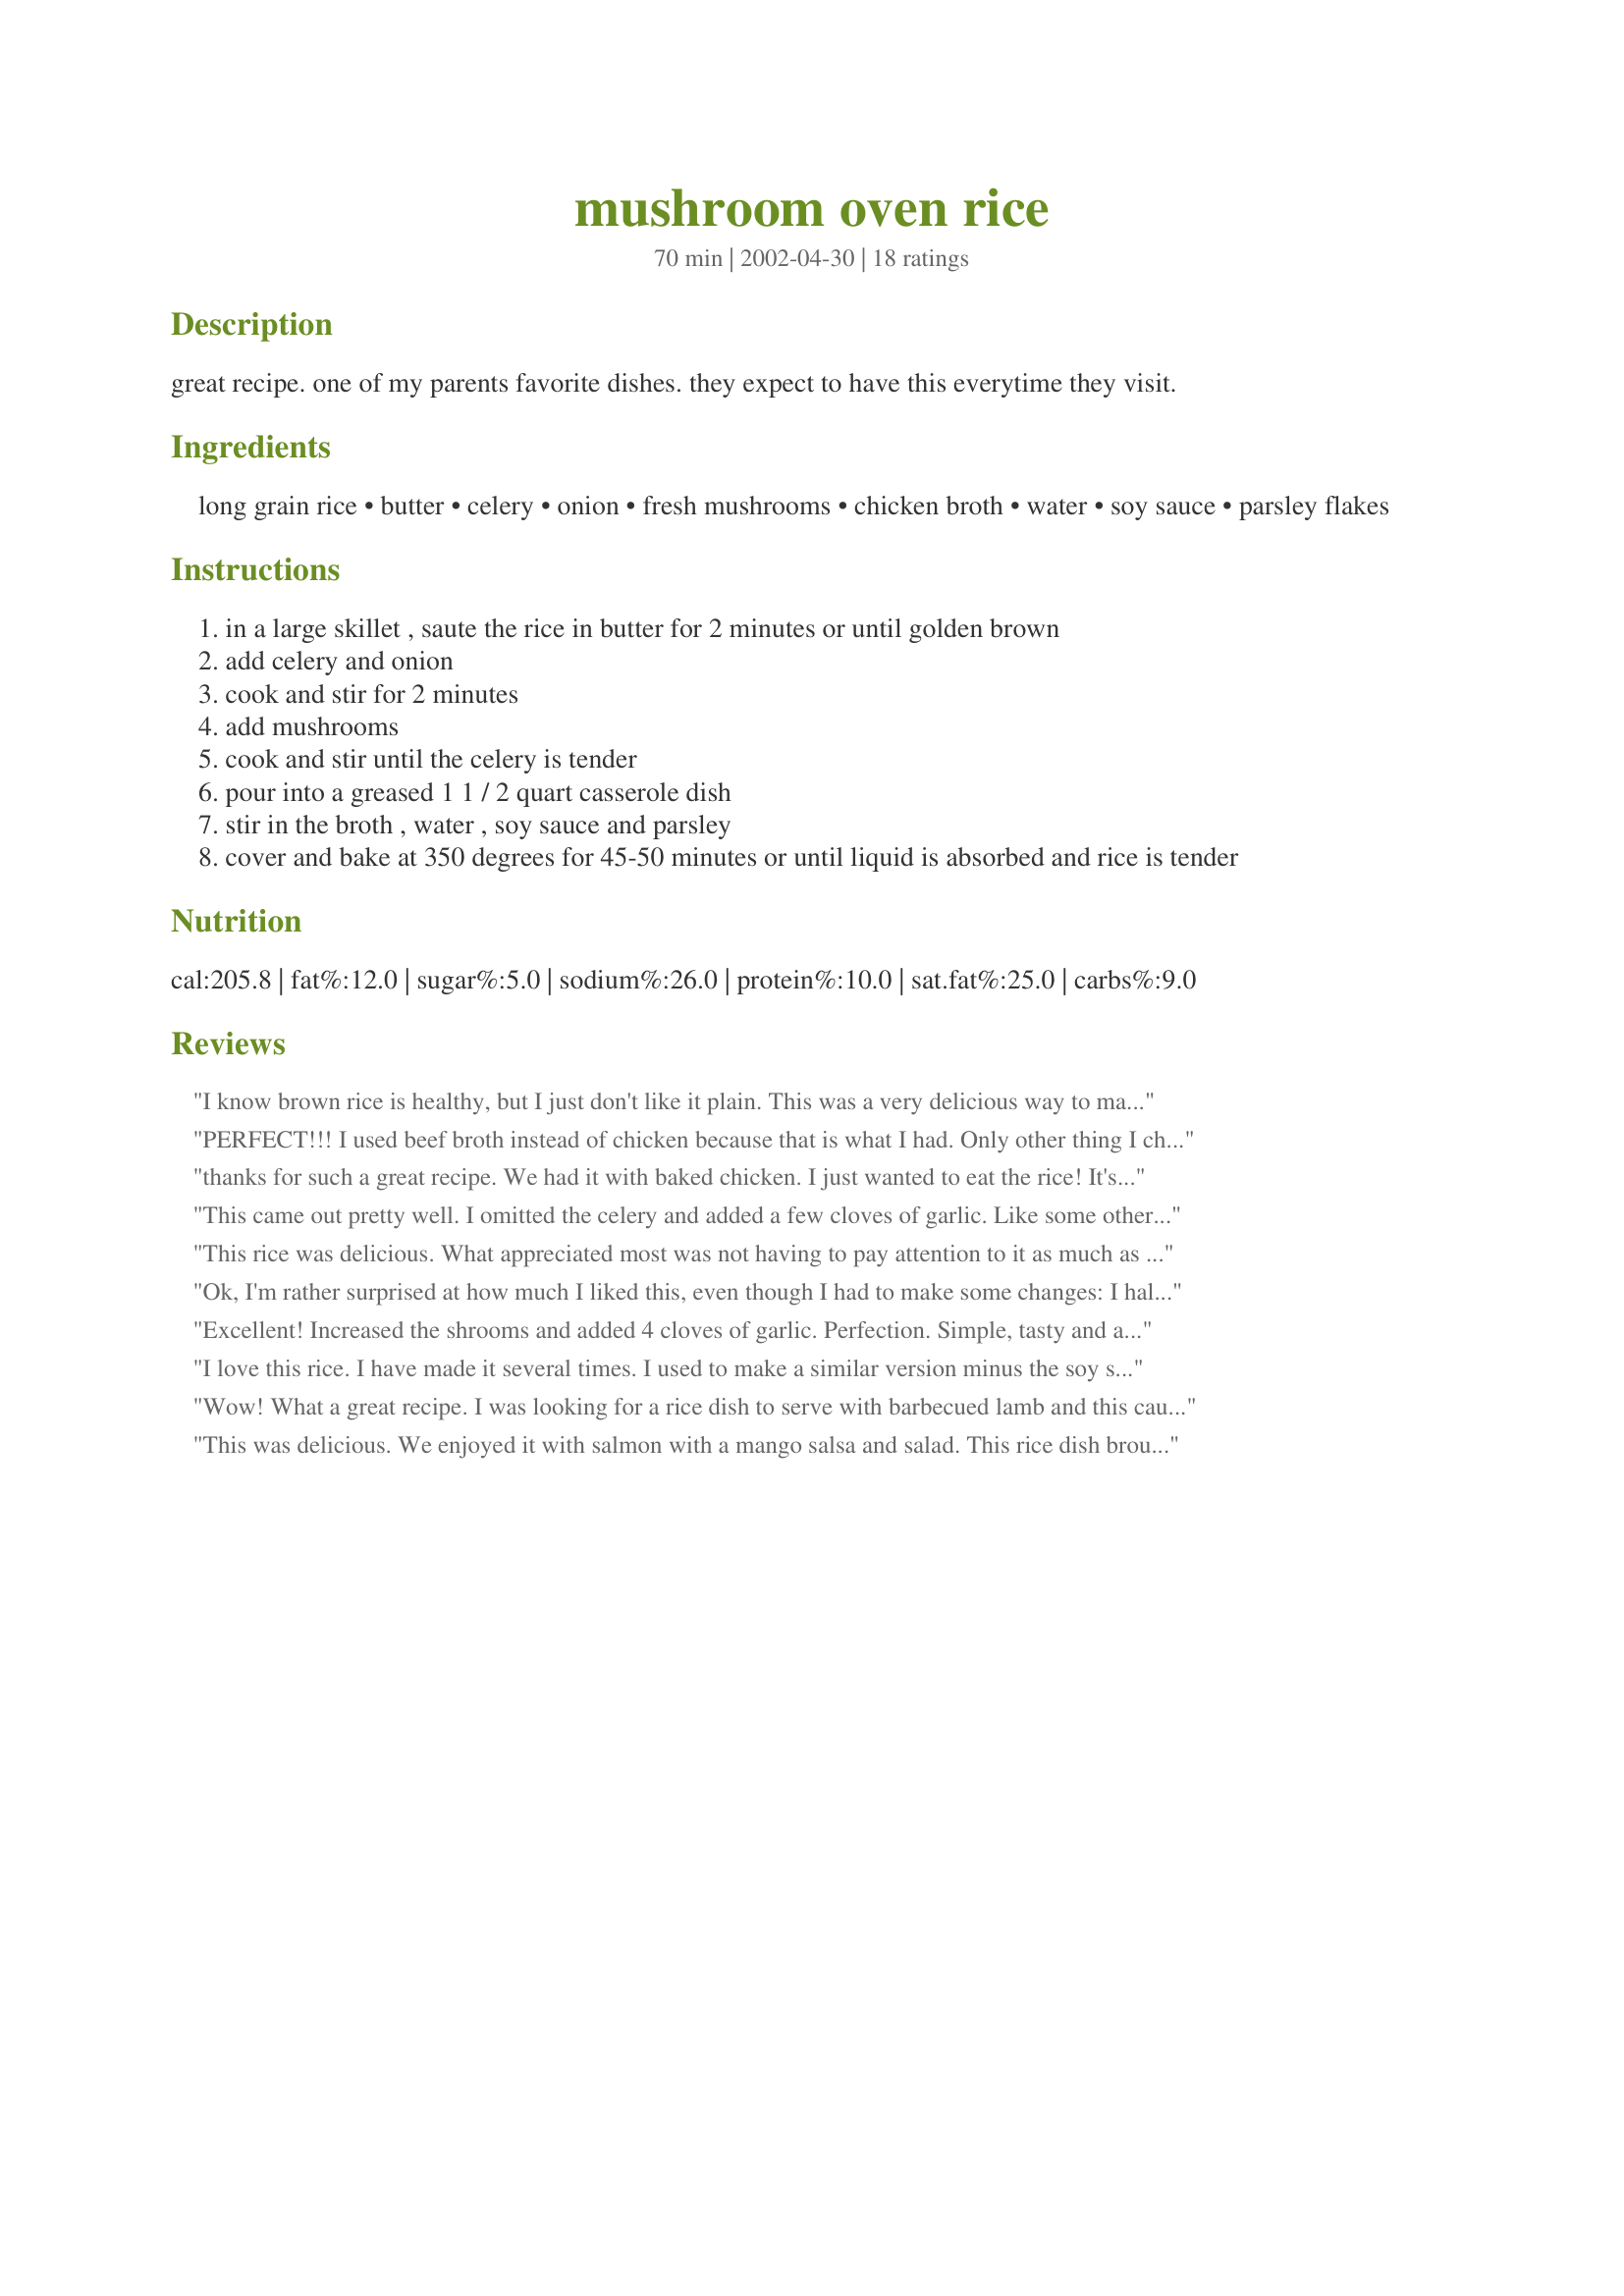
mushroom oven rice
Preparation time: 70 minutes

great recipe. one of my parents favorite dishes. they expect to have this everytime they visit.

Ingredients:
long grain rice, butter, celery, onion, fresh mushrooms, chicken broth, water, soy sauce, parsley flakes

Steps:
in a large skillet , saute the rice in butter for 2 minutes or until golden brown
add celery and onion
cook and stir for 2 minutes
add mushrooms
cook and stir until the celery is tender
pour into a greased 1 1 / 2 quart casserole dish
stir in the broth , water , soy sauce and parsley
cover and bake at 350 degrees for 45-50 minutes or until liquid is absorbed and rice is tender

Reviews:
I know brown rice is healthy, but I just don't like it plain. This was a very delicious way to make it taste great and will be a new staple recipe in our house! It was a perfect match with grilled salmon. I used vegetable broth instead of chicken broth, and had to bake it for 70 minutes, but it was very easy to make. Thanks!
PERFECT!!! I used beef broth instead of chicken because that is what I had. Only other thing I changed was to add some black pepper and I only used half of the parsley. I also added a little extra 'shrooms just cause I love them. Thank you so much for an awesome, simple side dish. I served this with baked pork chops. Definitely will go into my faves. Thanks!!
~Manda
thanks for such a great recipe. We had it with baked chicken. I just wanted to eat the rice! It's so easy s and very good. Definitely a keeper. Thanks again
This came out pretty well. I omitted the celery and added a few cloves of garlic. Like some other reviewers stated, this definitely took more than 50 minutes to cook. I'd say I had it in the oven for closer to 70 minutes. I used regular chicken broth and lower sodium soy sauce and was fine with the amount of salt in the dish.
This rice was delicious. What appreciated most was not having to pay attention to it as much as on the stovetop. The only addition was I chopped a couple of garlic cloves and sauteed with veg. Thanks for a great recipe, ratherbeswimmin!
Ok, I'm rather surprised at how much I liked this, even though I had to make some changes: I halved the recipe and used an 8 oz can of mushrooms, drained, which I think increased the amount of liquid in the dish, so I ended up baking it for about 75 min. before all the liquid was absorbed. Also I used extra virgin olive oil in place of butter, which I won't do again because it was a bit greasy. Next time I'll follow the recipe as written and use the fresh mushrooms to see how it compares, but I'll definitely be making this dish again. I liked it so much, I ate the leftovers for breakfast!
Excellent! Increased the shrooms and added 4 cloves of garlic. Perfection. Simple, tasty and a definite repeater in my house!
I love this rice. I have made it several times. I used to make a similar version minus the soy sauce, but the soy sauce really enhances the flavors. I was out of celery and didn't add the parsely, but I did load up the fresh mushrooms. This is perfect. I baked it right along with a chicken dish I was making.
Wow! What a great recipe. I was looking for a rice dish to serve with barbecued lamb and this caught my eye. It was such a hit, everyone wanted the recipe and luckily for me the ingredients were so easy to remember I just recited them.....they were impressed and satiated by this great dish! Thanks for sharing it!!
This was delicious. We enjoyed it with salmon with a mango salsa and salad. This rice dish brought it all together. Thanks for sharing.
This is a very easy side dish that I make often with marinated baked chicken #102597 since it cooks at the same temperature. Sometimes I add frozen green peas into the cooked rice for color. Thanks, NurseDi, for posting! UPDATE Subbed olive oil for butter with good results
We enjoyed this very much, although my husband loves anything with rice. I'm not such a pushover, and would probably say 4.5, but why quibble with a successful dish? I doubled the recipe and cooked in a 9x13 size glass casserole...filled it up to the top perfectly and made a beautiful display at the table, as the mushroom slices float to the top of the casserole and create a "crust" over the rice. I baked in the convection oven and since I was in a hurry, I turned up the heat 1/2 way and it handled the "turn up" with no problems. Also, like someone else suggested, I added 1 tsp jarred minced garlic to step #2 and also doubled the fresh mushrooms...I had a lot to use up, which is why I chose this recipe. The mushroom slices float to the top during baking and create a gorgeous dark top...mine even got the slightest hint of crunch on the edges and I was thinking I might have to cover it so that they wouldn't burn, but I watched them and they got very dark, but not burnt. I think the heat actually condensed their flavor and they maintained their succulence...absolutely delicious and would be pretty enough for company! (However, I wouldn't hesitate to make this with whatever qty mushrooms I would have on hand, you could easily add other veggies to this dish and many would be delicious.) We served this with outdoor chargrilled 6" zucchini halves and grilled salmon. The zucchini was an especially good compliment to the mushroom rice. Don't leave out the soy....it makes the dish...but does NOT taste Chinese, at all. I did add black pepper, also. The sodium content was perfect on ours with regular soy and regular chicken broth. Next time, I make it, I'll try to get by on 1/2 the fat, and I usually use low sodium broth. I'd also like to try with brown rice, and olive oil as someone else suggested....please post if you try with brown rice!
This is a great little go-to recipe and my family and I give it 5 stars. Simple to make; economical and common ingredients; reasonably fast to prepare; and great taste! I did follow one reviewer's suggestion to make sure it was tightly covered and it indeed came out perfect. I did use low-sodium soy sauce because that's all I had, and I did use regular chicken stock and thought it was perfect for saltiness. I hesitated at the use of the soy sauce and might use only 1/2 next time, but only my personal preference regarding flavor. I also used shallots, as I had a bunch getting old and they needed to be put to use. My family of 3 teenage boys and a husband gobbled this up. This recipe is a keeper -- thanks for posting!
This recipe is fabulous!!!! Simple to put together and even easier to eat. I made as posted although I may have added more mushrooms just because I love them. Thank you so much for posting a keeper!
An excellent rice dish which I know I’ll be making again often. Easy to make, very flavoursome and the rice was a lovely texture. For the stock, I used Chef Kate’s fabulous Roasted Vegetable Stock Recipe #143292, which is really worth having on hand in the freezer, as it brings very rich additional flavours to any recipe. The only changes I made were to add 4 cloves of finely chopped garlic in step 2 and I doubled the mushrooms. There was enough liquid to accommodate these additions. This would be a fabulous side dish with BBQd or grilled meats, a tasty stand alone dish or an excellent accompaniment to many other dishes. We enjoyed it as part of a vegetarian meal with yogi’s No Meat Unstuffed Cabbage Recipe #41562. Thanks for sharing.
I made this for company and they loved it. I made it as written except I added extra mushrooms. I thought it was a little on the salty side, but everyone else did not think so that is why I gave it five stars. I would use low sodium soy sauce if I made it for myself. Thanks for sharing.
I have made this rice dish twice. The first time I used low sodium chicken broth, unsalted butter (both on hand) and minced the onion and celery. Baked it in a casserole dish with a lid. It came out a bit dry and needed salt. Comparing the results w/another Zaar member, it should not have been dry. <br/>Last night I made it again using regular broth, salted butter & chopped not minced onion & celery. Added a couple of turns of pepper & a dash of salt. I put a piece of foil over the same casserole dish and then the lid. It was baked perfectly, it needed a better seal. Moist without being soupy. Both times I used 8 big mushrooms, thickly sliced. <br/>Next time I'll add garlic. Good recipe, a definite repeat. Thanks for sharing.
Good rice dish. I used vegetable broth instead of chicken and 8 oz. of sliced mushrooms. It turned out nicely.
